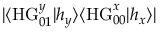
| \langle \mathrm { H G } _ { 0 1 } ^ { y } | h _ { y } \rangle \langle \mathrm { H G } _ { 0 0 } ^ { x } | h _ { x } \rangle |